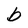
Character: b